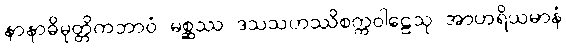
နာနာဓိမုတ္တိကဘာဝံ မစ္ဆဿ ဒသသဟဿိစက္ကဝါဠေသု အာဟရိယမာနံ